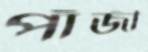
পাঁজী